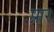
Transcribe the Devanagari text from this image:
प्रार